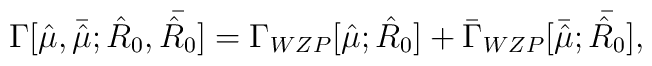
\Gamma[{\hat \mu},{\bar {\hat\mu}}; {\hat R_0},{\bar {\hat R_0}}] =\Gamma_{WZP}[{\hat \mu}; {\hat R_0}] + {\bar \Gamma_{WZP}}[{\bar {\hat \mu}};{\bar {\hat R_0}}],